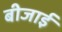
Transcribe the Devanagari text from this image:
बीजाई